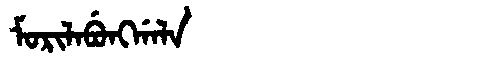
Manchu: ᠮᠣᡵᡳᠯᠠᠪᡠᠩᡤᠠᠯᠠ
Romanization: MORILABUNGGALA